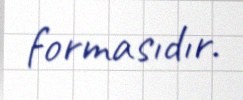
formasıdır.